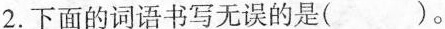
2.下面的词语书写无误的是( )。